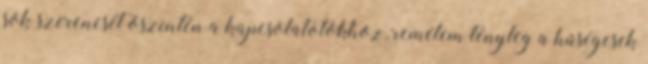
sok szerencsét öszintén a kapcsolatotokhoz, remélem tényleg a hűségesek